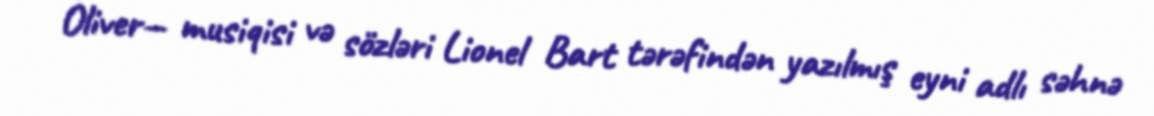
Oliver— musiqisi və sözləri Lionel Bart tərəfindən yazılmış eyni adlı səhnə